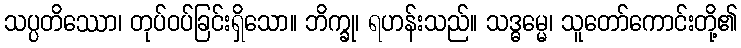
သပ္ပတိဿော၊ တုပ်ဝပ်ခြင်းရှိသော။ ဘိက္ခု၊ ရဟန်းသည်။ သဒ္ဓမ္မေ၊ သူတော်ကောင်းတို့၏